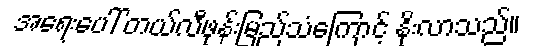
အရေးပေါ် တယ်လီဖုန်းမြည်သံကြောင့် နိုးလာသည်။